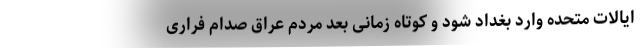
ایالات متحده وارد بغداد شود و کوتاه زمانی بعد مردم عراق صدام فراری